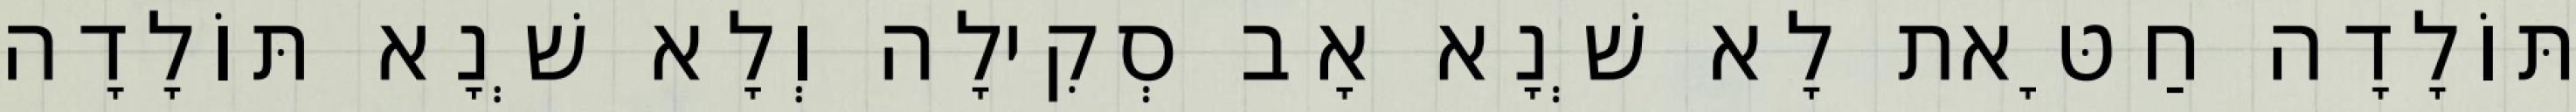
תּוֹלָדָה חַטָּאת לָא שְׁנָא אָב סְקִילָה וְלָא שְׁנָא תּוֹלָדָה